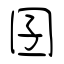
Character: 囝